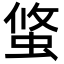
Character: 𧌁